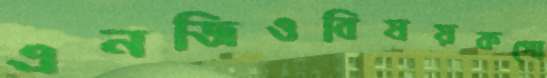
এনজিওবিষয়কগো